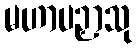
မဟာပဉှာသု